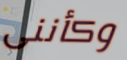
وكأننى